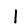
Digit: 1